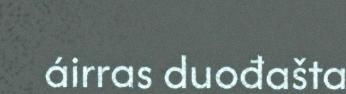
áirras duođašta